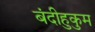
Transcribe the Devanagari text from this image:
बंदीहुकुम